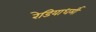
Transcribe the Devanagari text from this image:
रेडियाधर्मी